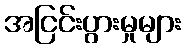
အငြင်းပွားမှုများ